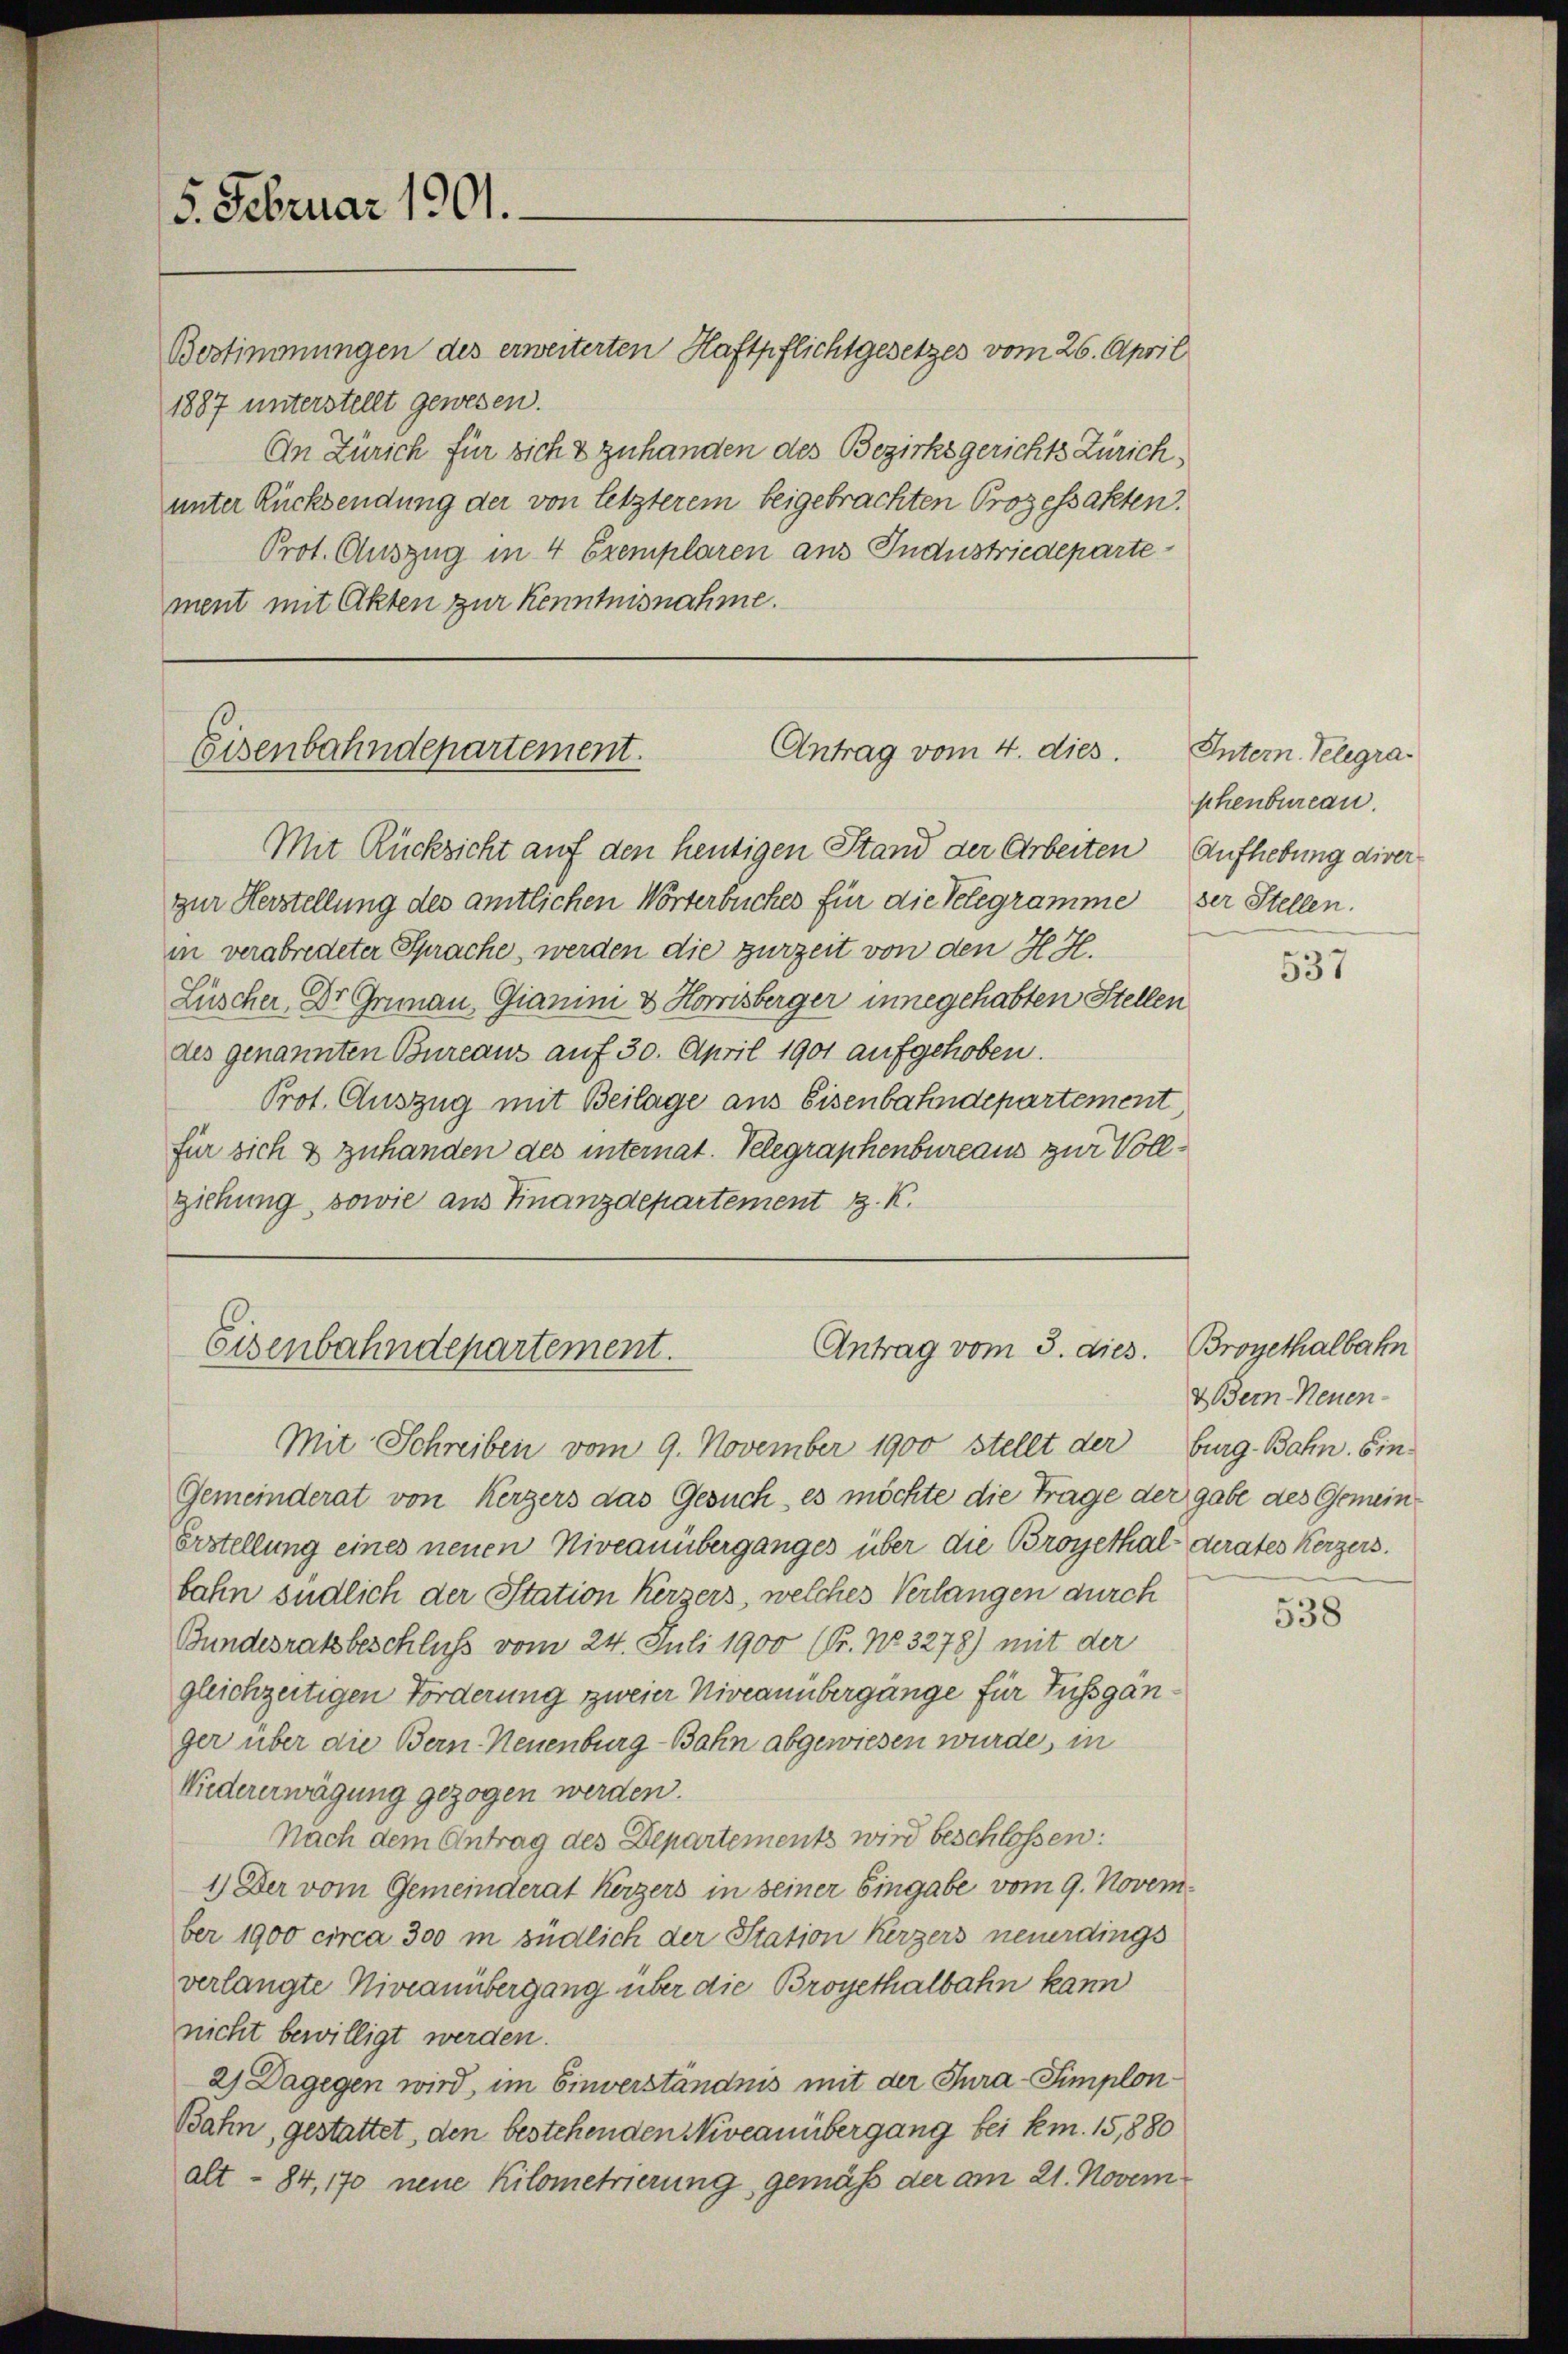
5. Februar 1901.

Bestimmungen des erweiterten Haftpflichtgesetzes vom 26. April
1887 unterstellt gewesen.
An Zürich für sicht zu handen des Bezirksgerichts Zürich,
unter Rücksendung der von letzterem beigebrachten Prozessakten.
Prot. Auszug in 4 Exemplaren aus Industriedeparte
ment mit Akten zur Kenntnisnahme.

Antrag vom 4. dies.
Eisenbahndepartement.

Antrag vom 3. dies
Eisenbahndepartement.

Intern. Telegraschenbureau.

Mit Rücksicht auf den heutigen Stand der Arbeiten Aufhebung diver
zur Herstellung des amtlichen Wörterbuches für die Velegramme der Stellen.
in verabredeter Sprache, werden die zurzeit von den H. H.
Lüscher, Dr. Grünau Gianini & Horrisberger innegehabten Stellen
des genannten Bureaus auf 30. April 1901 aufgehoben.
Prot. Auszug mit Beilage aus Eisenbahndepartement
für sich & zuhanden des internat. Telegraphenbureaus zur Vollziehung, sowie aus Finanzdepartement z. K.

Mit Schreiben vom 9. November 1900 stellt der Burg-Bahn bin¬
Gemeinderat von Kerzers das Gesuch, es möchte die Trage der gabe des Gemein¬
Erstellung eines neuen Niveauüberganges über die Broyethal derates Kerzers.
bahn südlich der Station Kerzers, welches Verlangen durch
Bundesratsbeschluss vom 24. Juli 1900 (Pr. No. 3278) mit der
gleichzeitigen Forderung zweier Niveauübergänge für Fussgänger über die Bern Neuenburg-Bahn abgewiesen wurde, in
Niedererwägung gezogen werden.
Nach dem Antrag des Departements wird beschlossen:
1.) Der vom Gemeinderat Kerzers in seiner Eingabe vom 9. November 1900 circa 300 m südlich der Station Kerzers neuerdings
verlangte Niveauübergang über die Broyethalbahn kann
nicht bewilligt werden.
2) Dagegen wird, im Einverständnis mit der Jura-Simplon¬
Bahn, gestattet, den bestehenden Niveauübergang bei km. 15,880
alt- 84, 170 neue Kilometrierung gemäß der am 21. Novem¬

537

Brogethalbahn
& Bern Neuen-

538